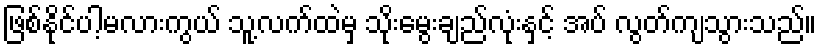
ဖြစ်နိုင်ပါ့မလားကွယ် သူ့လက်ထဲမှ သိုးမွေးချည်လုံးနှင့် အပ် လွတ်ကျသွားသည်။